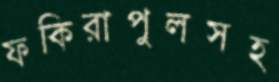
ফকিরাপুলসহ